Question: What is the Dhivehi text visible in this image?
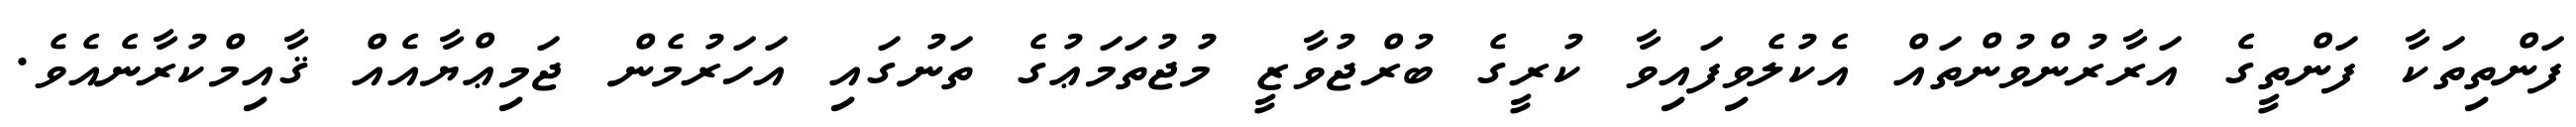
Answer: ފަންތިތަކާ ފަންތީގެ އަރާރުންވުންތައް އެކުލެވިފައިވާ ކުރީގެ ބުރްޖުވާޒީ މުޖުތަމަޢުގެ ތަނުގައި އަހަރުމެން ޖަމިޢްޔާއެއް ޤާއިމްކުރާނެއެވެ.